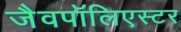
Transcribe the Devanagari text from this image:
जैवपॉलिएस्टर